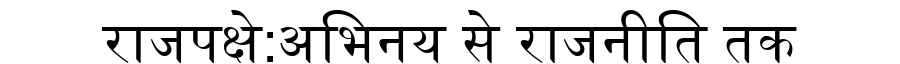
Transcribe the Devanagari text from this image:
राजपक्षे:अभिनय से राजनीति तक